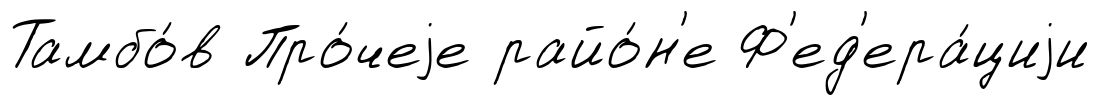
Тамбо́в Про́чеjе райо́н'е Ф'ед'ера́циjи